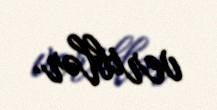
veriblər.